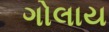
ગોલાય